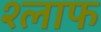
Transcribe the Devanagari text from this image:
श्लाफ